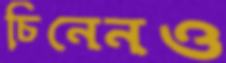
চিনেনও